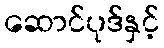
ဆောင်ပုဒ်နှင့်